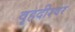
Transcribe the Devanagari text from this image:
वृहदीश्‍वर